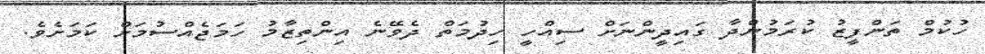
ހުކުމް ތަންފީޒު ކުރަމުންދާ ގައިދީންނަށް ސިއްހީ ހިދުމަތް ދެވޭނެ އިންތިޒާމު ހަމަޖެއްސުމަށް ކަމަށެވެ.